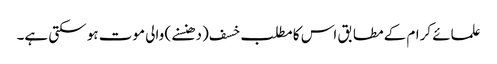
علمائے کرام کے مطابق اس کا مطلب خسف (دھنسنے) والی موت ہو سکتی ہے۔